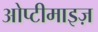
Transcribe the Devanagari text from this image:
ओप्टीमाइज़